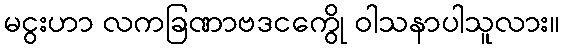
မငွးဟာ လကခြဏာဗဒငကွေို ဝါသနာပါသူလား။